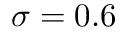
\sigma = 0 . 6